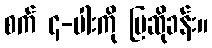
စက် ၄-ပါးကို ပြဆိုခန်း။